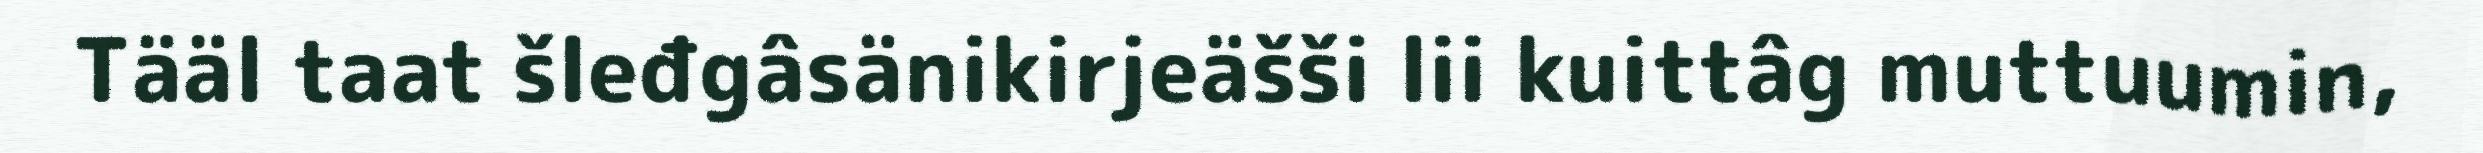
Tääl taat šleđgâsänikirjeäšši lii kuittâg muttuumin,